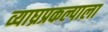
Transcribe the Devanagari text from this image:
व्याघ्रप्रकल्पाला